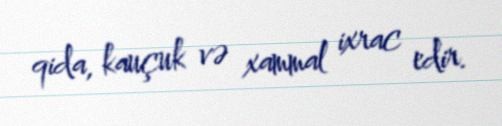
qida, kauçuk və xammal ixrac edir.